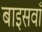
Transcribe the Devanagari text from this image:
बाइसवाँ